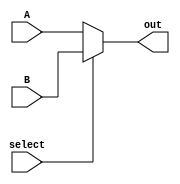
module mux32(out, A, B, select);
	output reg [31:0] out;
	input [31:0] A,B;
	input select;
	
	always@(select or A or B) begin
		if(select == 1'b0)
			out = A;
		else out = B;
		end

endmodule